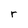
Character: r